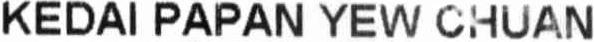
KEDAI PAPAN YEW CHUAN